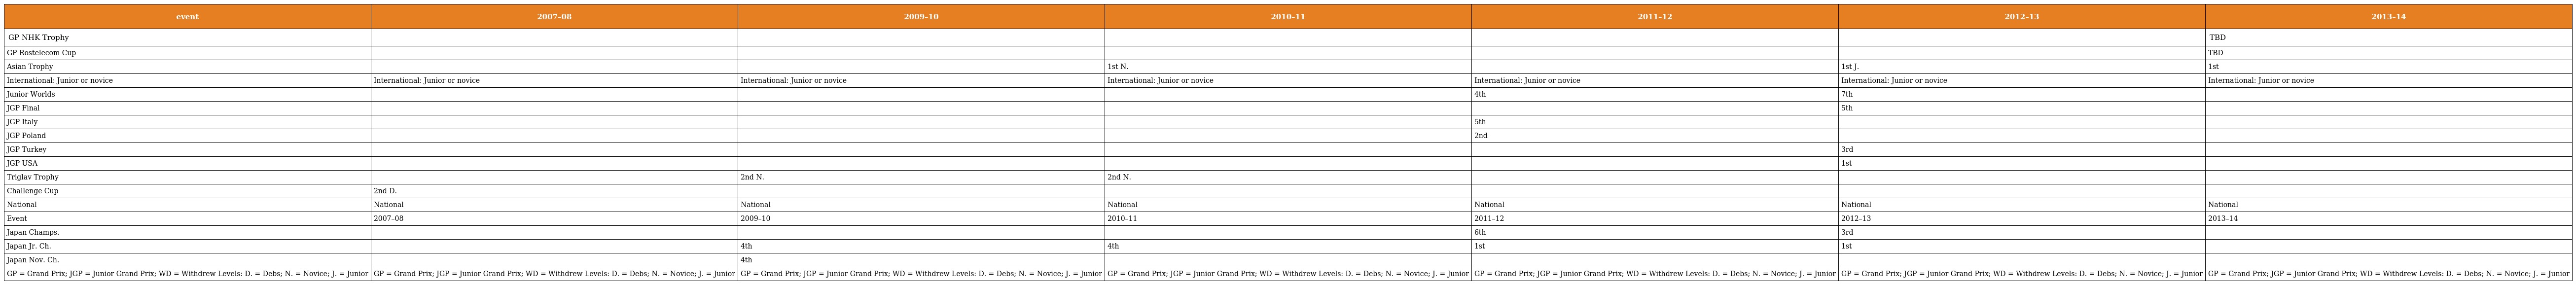
| event | 2007–08 | 2009–10 | 2010–11 | 2011–12 | 2012–13 | 2013–14 |
 | --- | --- | --- | --- | --- | --- | --- |
 | GP NHK Trophy |  |  |  |  |  | TBD |
 | GP Rostelecom Cup |  |  |  |  |  | TBD |
 | Asian Trophy |  |  | 1st N. |  | 1st J. | 1st |
 | International: Junior or novice | International: Junior or novice | International: Junior or novice | International: Junior or novice | International: Junior or novice | International: Junior or novice | International: Junior or novice |
 | Junior Worlds |  |  |  | 4th | 7th |  |
 | JGP Final |  |  |  |  | 5th |  |
 | JGP Italy |  |  |  | 5th |  |  |
 | JGP Poland |  |  |  | 2nd |  |  |
 | JGP Turkey |  |  |  |  | 3rd |  |
 | JGP USA |  |  |  |  | 1st |  |
 | Triglav Trophy |  | 2nd N. | 2nd N. |  |  |  |
 | Challenge Cup | 2nd D. |  |  |  |  |  |
 | National | National | National | National | National | National | National |
 | Event | 2007–08 | 2009–10 | 2010–11 | 2011–12 | 2012–13 | 2013–14 |
 | Japan Champs. |  |  |  | 6th | 3rd |  |
 | Japan Jr. Ch. |  | 4th | 4th | 1st | 1st |  |
 | Japan Nov. Ch. |  | 4th |  |  |  |  |
 | GP = Grand Prix; JGP = Junior Grand Prix; WD = Withdrew Levels: D. = Debs; N. = Novice; J. = Junior | GP = Grand Prix; JGP = Junior Grand Prix; WD = Withdrew Levels: D. = Debs; N. = Novice; J. = Junior | GP = Grand Prix; JGP = Junior Grand Prix; WD = Withdrew Levels: D. = Debs; N. = Novice; J. = Junior | GP = Grand Prix; JGP = Junior Grand Prix; WD = Withdrew Levels: D. = Debs; N. = Novice; J. = Junior | GP = Grand Prix; JGP = Junior Grand Prix; WD = Withdrew Levels: D. = Debs; N. = Novice; J. = Junior | GP = Grand Prix; JGP = Junior Grand Prix; WD = Withdrew Levels: D. = Debs; N. = Novice; J. = Junior | GP = Grand Prix; JGP = Junior Grand Prix; WD = Withdrew Levels: D. = Debs; N. = Novice; J. = Junior |